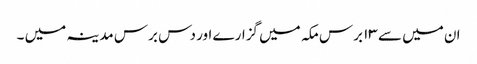
ان میں سے ۱۳ برس مکہ میں گزارے اور دس برس مدینہ میں ۔